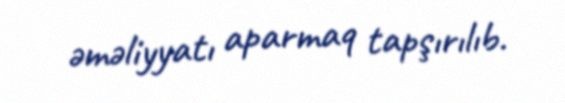
əməliyyatı aparmaq tapşırılıb.